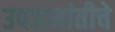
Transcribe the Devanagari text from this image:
उपजमांतीचे